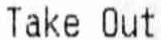
TAKE OUT